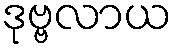
ဒုဗ္ဗလာယ